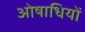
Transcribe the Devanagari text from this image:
ओषाधियों